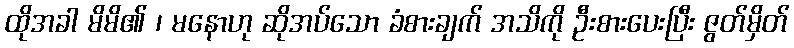
ထိုအခါ မိမိ၏ ၊ မနောဟု ဆိုအပ်သော ခံစားချက် အသိကို ဦးစားပေးပြီး ဇွတ်မှိတ်